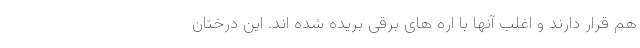
هم قرار دارند و اغلب آنها با اره های برقی بریده شده اند. این درختان